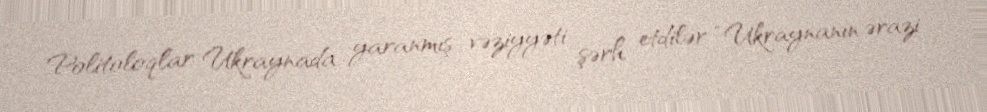
Politoloqlar Ukraynada yaranmış vəziyyəti şərh etdilər “Ukraynanın ərazi